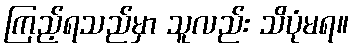
ကြည့်ရသည်မှာ သူလည်း သိပုံမရ။